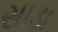
સાડા